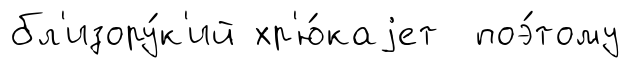
бл'изору́к'ий хр'ю́каjет поэ́тому